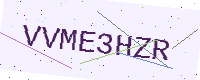
Text: VVME3HZR